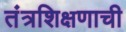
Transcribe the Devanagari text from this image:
तंत्रशिक्षणाची